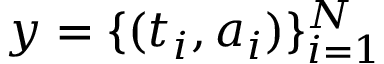
y = \{ ( t _ { i } , a _ { i } ) \} _ { i = 1 } ^ { N }